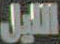
التايل